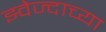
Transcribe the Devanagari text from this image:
झ्वेज्दाच्या